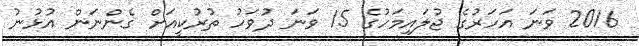
2016 ވަނަ އަހަރުގެ ޖުލައިމަހުގެ 15 ވަނަ ދުވަހު ތުރުކީއަށް ގެންނަން އުޅުނު